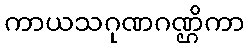
ကာယသဂုဏဂဏ္ဌိကာ